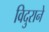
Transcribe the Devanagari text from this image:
विदुराने